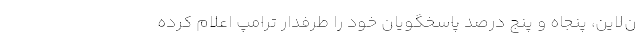
ن‌لاین، پنجاه و پنج درصد پاسخگویان خود را طرفدار ترامپ اعلام کرده